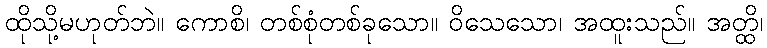
ထိုသို့မဟုတ်ဘဲ။ ကောစိ၊ တစ်စုံတစ်ခုသော။ ဝိသေသော၊ အထူးသည်။ အတ္ထိ၊